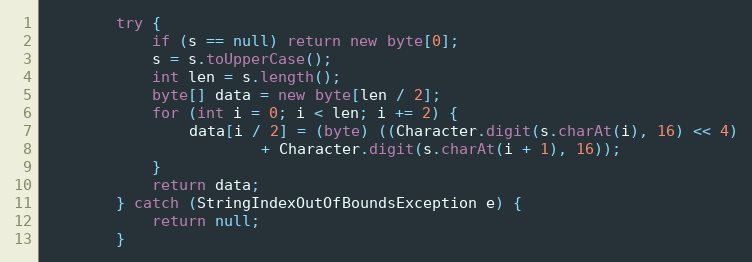
Language: Java
        try {
            if (s == null) return new byte[0];
            s = s.toUpperCase();
            int len = s.length();
            byte[] data = new byte[len / 2];
            for (int i = 0; i < len; i += 2) {
                data[i / 2] = (byte) ((Character.digit(s.charAt(i), 16) << 4)
                        + Character.digit(s.charAt(i + 1), 16));
            }
            return data;
        } catch (StringIndexOutOfBoundsException e) {
            return null;
        }